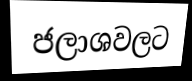
ජලාශවලට